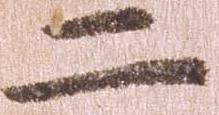
二